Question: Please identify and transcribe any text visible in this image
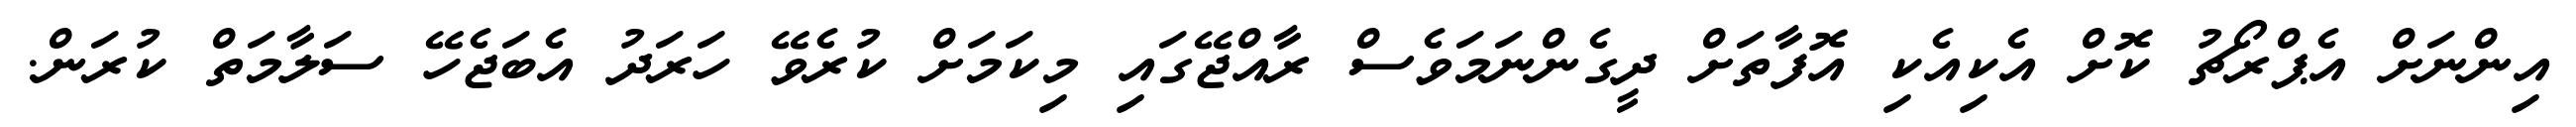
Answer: އިންނަށް އެޕްރޯޗު ކޮށް އެކިއެކި އޮފާތަށް ދީގެންނަމަވެސް ރާއްޖޭގައި މިކަމަށް ކުރެވޭ ހަރަދު އެބަޖެހޭ ސަލާމަތް ކުރަން.